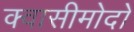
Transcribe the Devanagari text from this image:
क्वासीमोदो